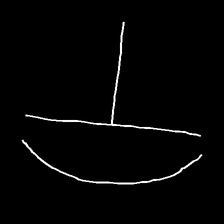
Glyph: dispersion